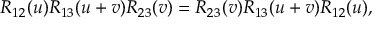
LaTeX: R _ { 1 2 } ( u ) R _ { 1 3 } ( u + v ) R _ { 2 3 } ( v ) = R _ { 2 3 } ( v ) R _ { 1 3 } ( u + v ) R _ { 1 2 } ( u ) ,